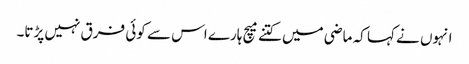
انہوں نے کہا کہ ماضی میں کتنے میچ ہارے اس سے کوئی فرق نہیں پڑتا۔